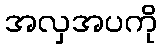
အလှအပကို